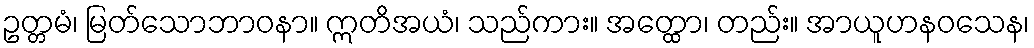
ဥတ္တမံ၊ မြတ်သောဘာဝနာ။ ဣတိအယံ၊ သည်ကား။ အတ္ထော၊ တည်း။ အာယူဟနဝသေန၊